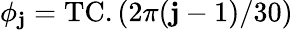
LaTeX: \phi_{\mathbf{j}}=\mathrm{{TC}}.(2\pi(\mathbf{j}-1)/30)